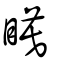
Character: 瞙